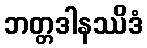
ဘတ္တဒါနဿိဒံ